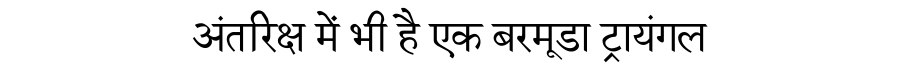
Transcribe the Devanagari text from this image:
अंतरिक्ष में भी है एक बरमूडा ट्रायंगल